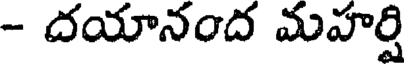
- దయానంద మహర్షి